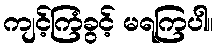
ကျင့်ကြံခွင့် မရကြပါ။